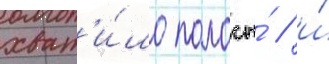
хват'и́ло полосы́ / и́